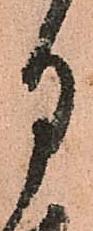
月